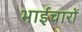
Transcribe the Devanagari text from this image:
भाईचारों